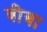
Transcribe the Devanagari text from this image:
बीबा